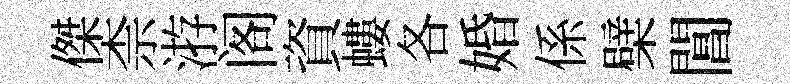
傑柰㳺阁資螻各婚係檗閶